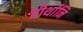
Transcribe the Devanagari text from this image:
तीर्थानि